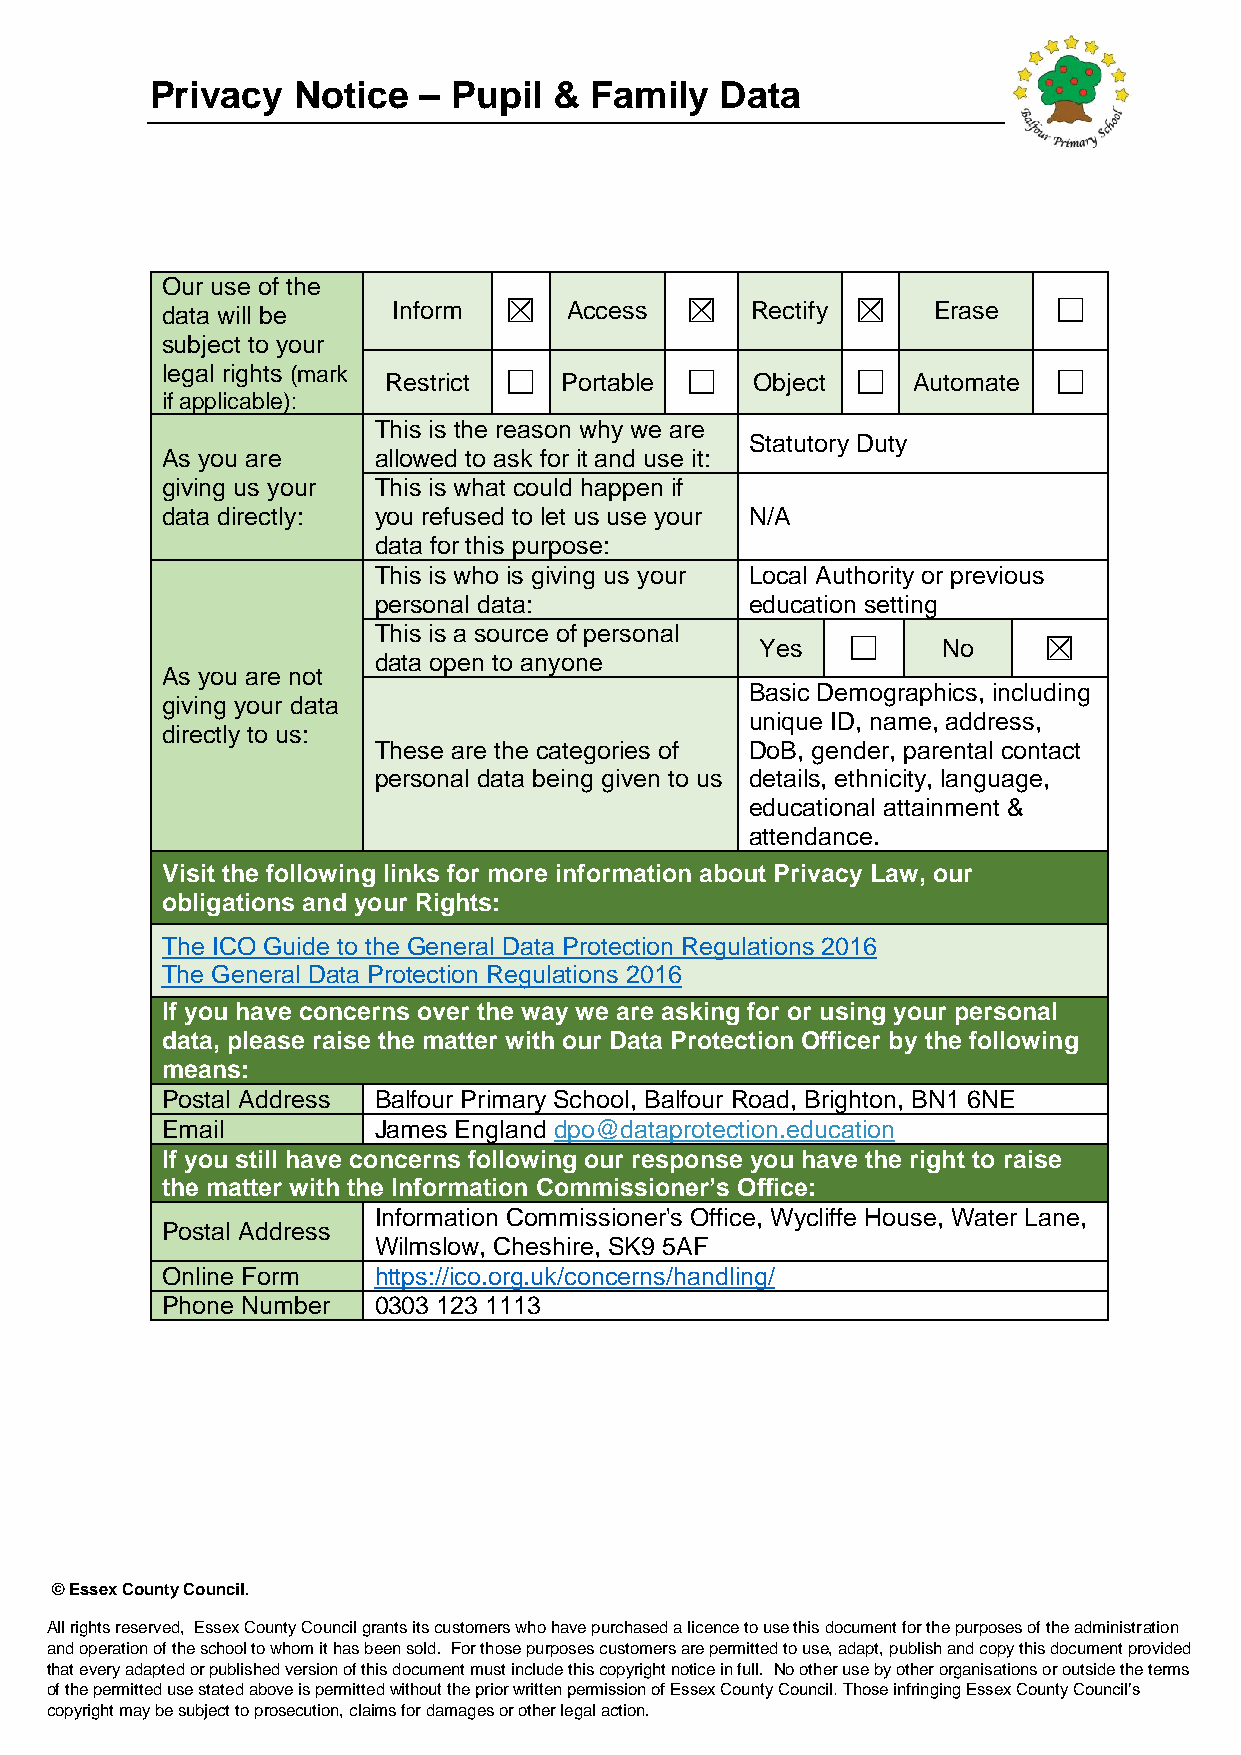
Privacy  Notice   – Pupil  & Family   Data
 Our use of the
 data will be   Inform ☒    Access ☒    Rectify ☒   Erase   ☐
 subject to your
 legal rights (mark Restrict ☐ Portable ☐ Object ☐ Automate ☐
 if applicable):
 This is the reason why we are
 Statutory Duty
 As you are    allowed to ask for it and use it:
 giving us your This is what could happen if
 data directly: you refused to let us use your N/A
 data for this purpose:
 This is who is giving us your Local Authority or previous
 personal data:           education setting
 This is a source of personal
 Yes   ☐     No     ☒
 data open to anyone
 As you are not
 Basic Demographics, including
 giving your data
 unique ID, name, address,
 directly to us:
 These are the categories of DoB, gender, parental contact
 personal data being given to us details, ethnicity, language,
 educational attainment &
 attendance.
 Visit the following links for more information about Privacy Law, our
 obligations and your Rights:
 The ICO Guide to the General Data Protection Regulations 2016
 The General Data Protection Regulations 2016
 If you have concerns over the way we are asking for or using your personal
 data, please raise the matter with our Data Protection Officer by the following
 means:
 Postal Address Balfour Primary School, Balfour Road, Brighton, BN1 6NE
 Email         James England dpo@dataprotection.education
 If you still have concerns following our response you have the right to raise
 the matter with the Information Commissioner’s Office:
 Information Commissioner's Office, Wycliffe House, Water Lane,
 Postal Address
 Wilmslow, Cheshire, SK9 5AF
 Online Form   https://ico.org.uk/concerns/handling/
 Phone Number  0303 123 1113
 © Essex County Council.
 All rights reserved, Essex County Council grants its customers who have purchased a licence to use this document for the purposes of the administration
 and operation of the school to whom it has been sold. For those purposes customers are permitted to use, adapt, publish and copy this document provided
 that every adapted or published version of this document must include this copyright notice in full. No other use by other organisations or outside the terms
 of the permitted use stated above is permitted without the prior written permission of Essex County Council. Those infringing Essex County Council’s
 copyright may be subject to prosecution, claims for damages or other legal action.